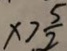
x > \frac { 5 } { 2 }